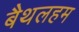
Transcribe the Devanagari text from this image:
बैथलहम